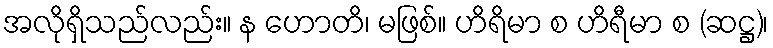
အလိုရှိသည်လည်း။ န ဟောတိ၊ မဖြစ်။ ဟိရိမာ စ ဟိရီမာ စ (ဆဋ္ဌ)၊